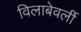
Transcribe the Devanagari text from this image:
विलाबेवर्ली